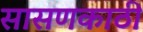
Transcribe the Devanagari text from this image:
सासणकाठी